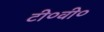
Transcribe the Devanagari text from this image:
टी०वी०